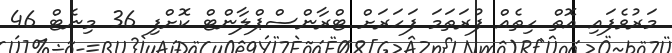
މަރުވެފައި އޮތް ހިތެއް ފުރަތަމަ ފަހަރަށް ޓްރާންސްޕްލާންޓް ކޮށްފި 36 މިނެޓް 46